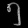
Digit: ၅